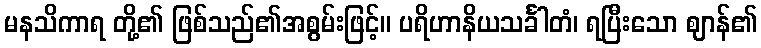
မနသိကာရ တို့၏ ဖြစ်သည်၏အစွမ်းဖြင့်။ ပရိဟာနိယသင်္ခါတံ၊ ရပြီးသော ဈာန်၏